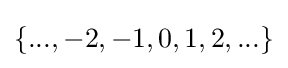
\{...,-2,-1,0,1,2,...\}